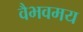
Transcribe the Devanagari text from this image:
वैभवमय